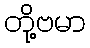
တို့ဗမာ